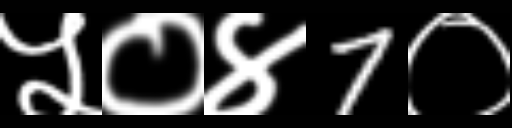
Text: ५०४7०